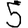
Digit: 5